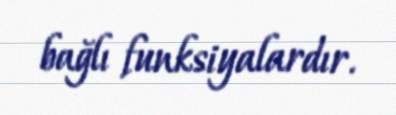
bağlı funksiyalardır.